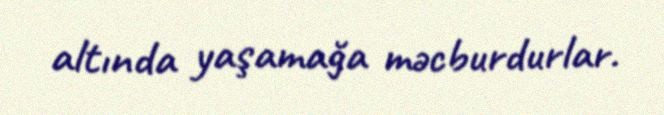
altında yaşamağa məcburdurlar.